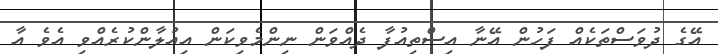
އޭގެ ދުވަސްތަކެއް ފަހުން އޭނާ އިސްތިއުފާ ދެއްވަން ނިންމެވިކަން އިއުލާންކުރެއްވި އެވެ އާ